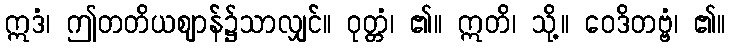
ဣဒံ၊ ဤတတိယဈာန်၌သာလျှင်။ ဝုတ္တံ၊ ၏။ ဣတိ၊ သို့။ ဝေဒိတဗ္ဗံ၊ ၏။